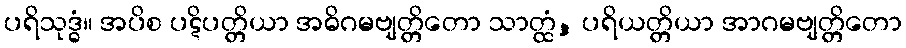
ပရိသုဒ္ဓံ။ အပိစ ပဋိပတ္တိယာ အဓိဂမဗျတ္တိတော သာတ္ထံ, ပရိယတ္တိယာ အာဂမဗျတ္တိတော